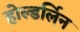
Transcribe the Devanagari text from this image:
होल्डर्लिन